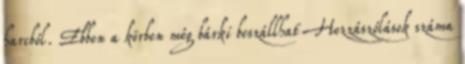
harcból. Ebben a körben még bárki beszállhat Hozzászólások száma